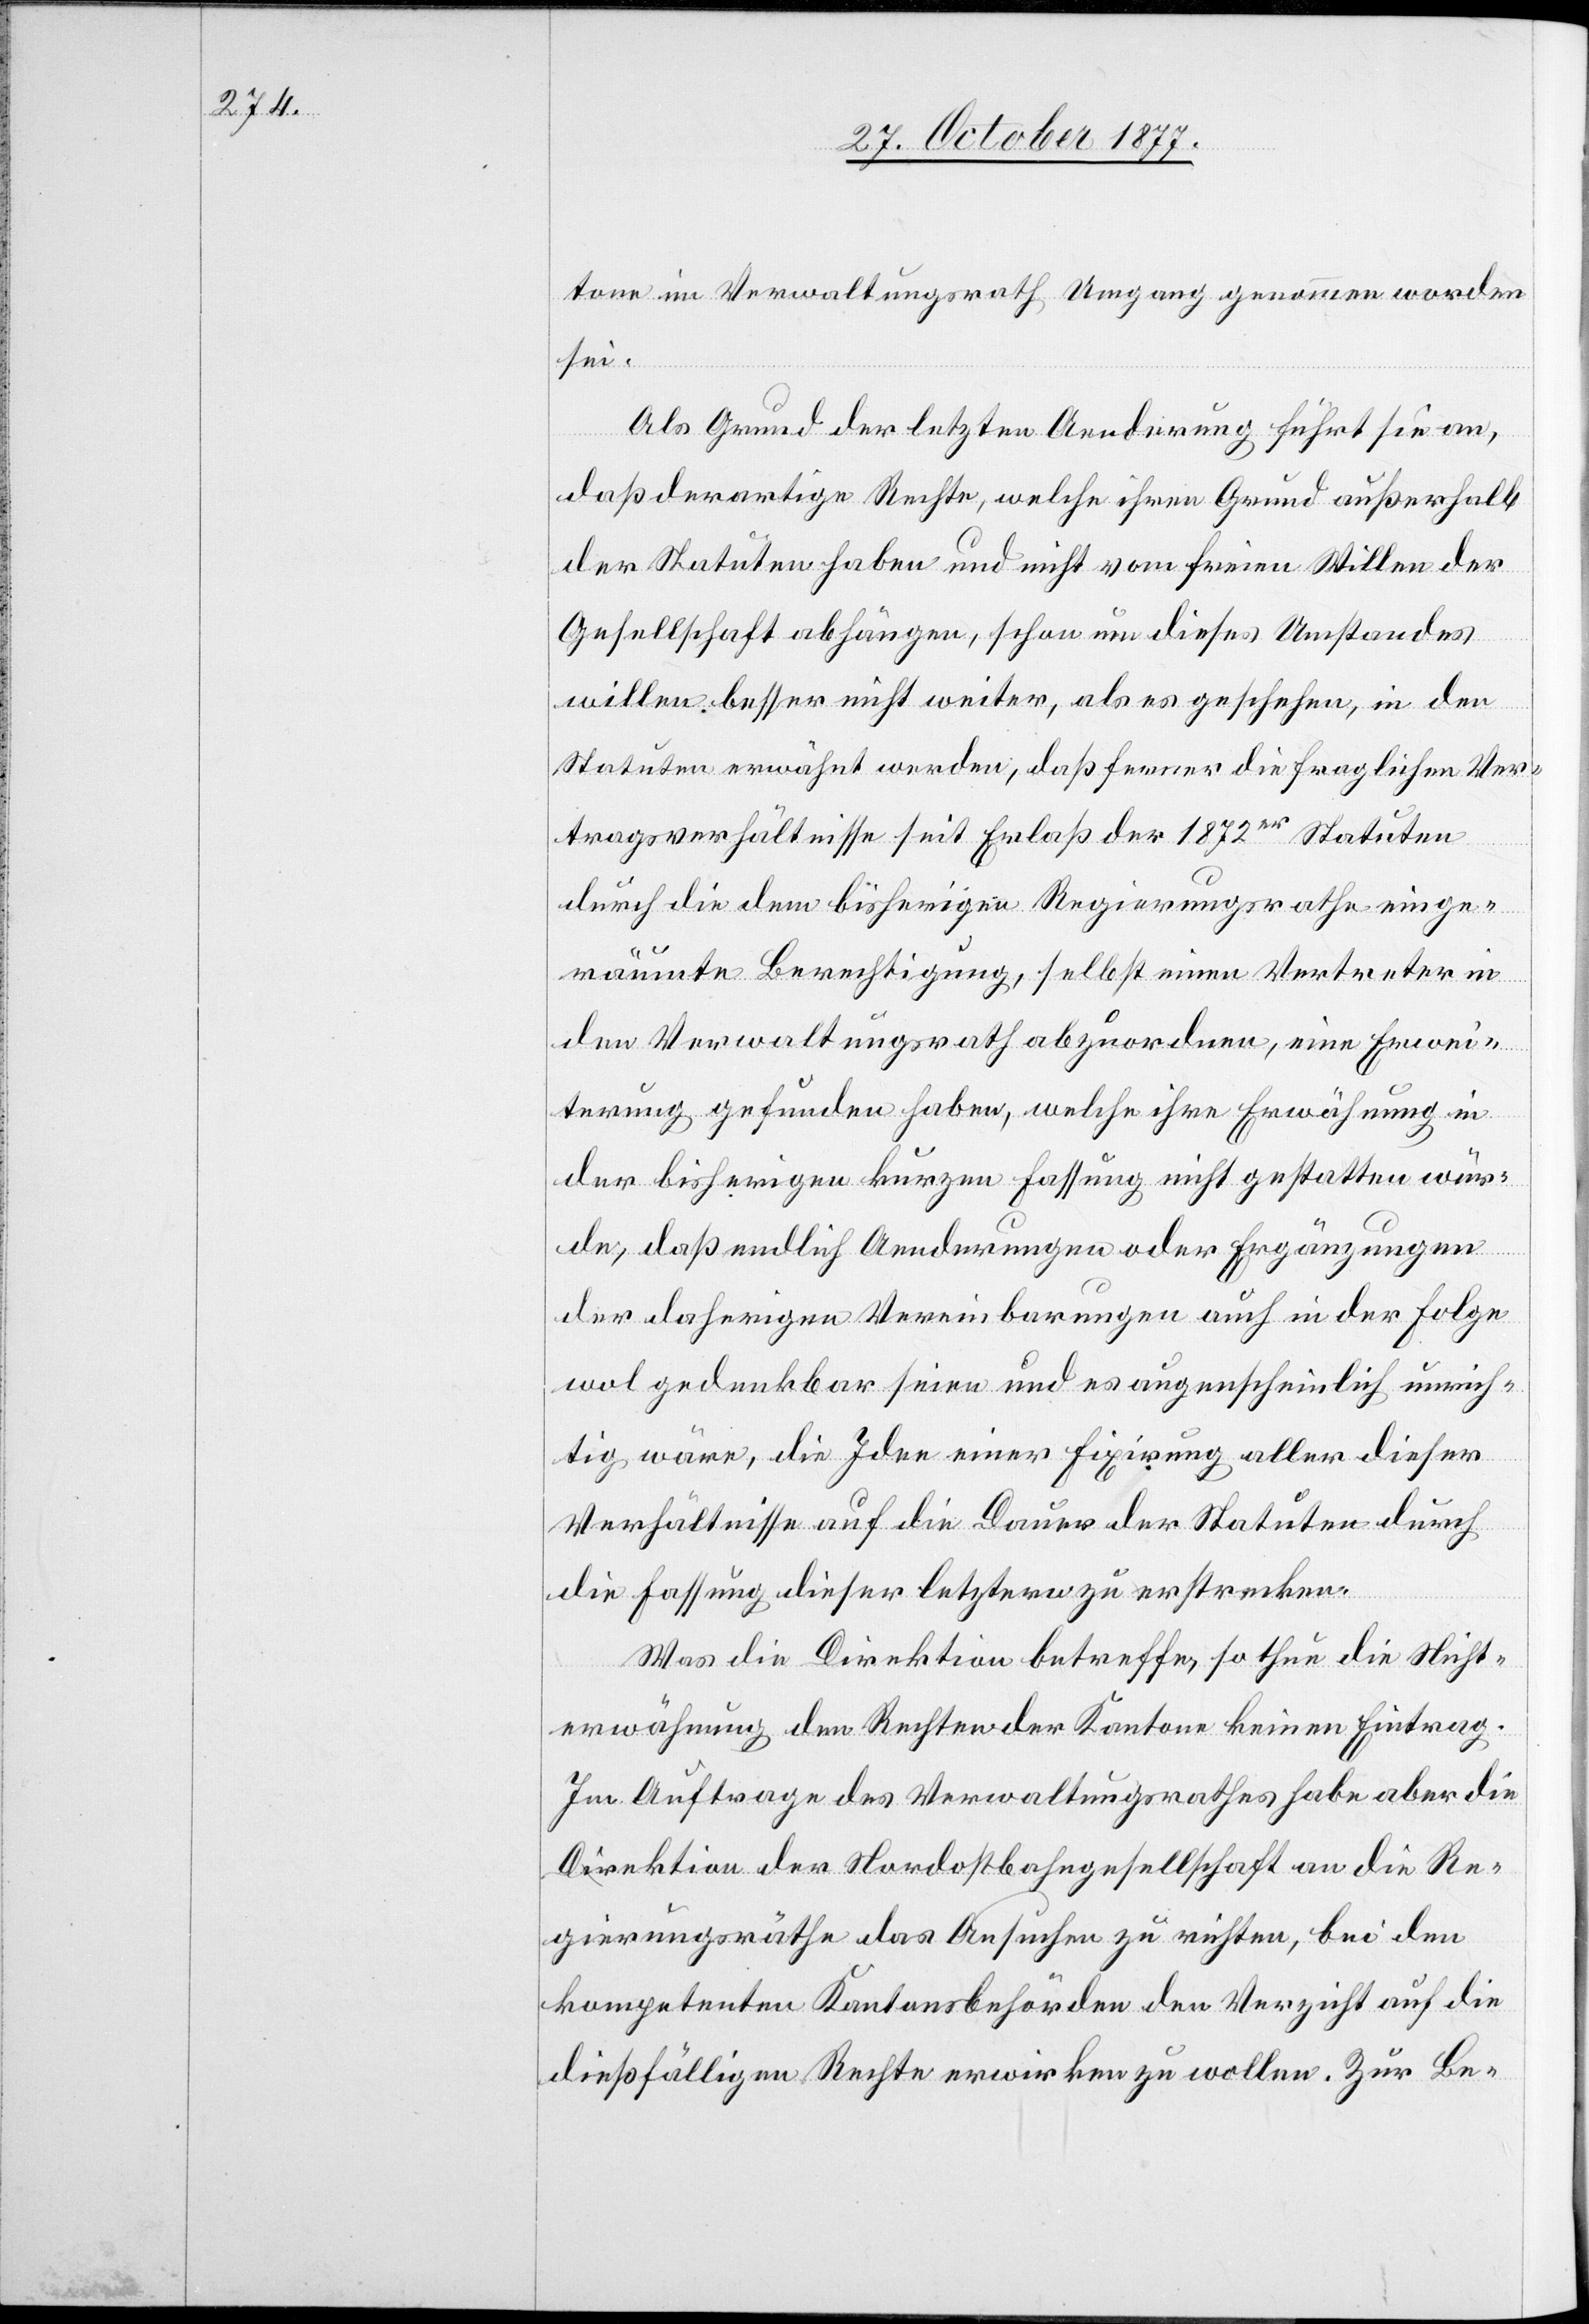
tone im Verwaltungsrath Umgang genommen worden
sei.
Als Grund der letzten Aenderung führt sie an,
daß derartige Rechte, welche ihren Grund außerhalb
der Statuten haben und nicht vom freien Willen der
Gesellschaft abhängen, schon um dieses Umstandes
willen besser nicht weiter, als es geschehen, in den
Statuten erwähnt werden, daß ferner die fraglichen Ver¬
tragsverhältnisse seit Erlaß der 1872er Statuten
durch die dem bisherigen Regierungsrathe einge¬
räumte Berechtigung, selbst einen Vertreter in
den Verwaltungsrath abzuordnen, eine Erwei¬
terung gefunden haben, welche ihre Erwähnung in
der bisherigen kurzen Fassung nicht gestatten wür¬
de, daß endlich Aenderungen oder Ergänzungen
der daherigen Vereinbarungen auch in der Folge
wol gedenkbar seien und es augenscheinlich unrich¬
tig wäre, die Idee einer Fixirung aller dieser
Verhältnisse auf die Dauer der Statuten durch
die Fassung dieser letztern zu erstrecken.
Was die Direktion betreffe, so thue die Nicht¬
erwähnung den Rechten der Kantone keinen Eintrag.
Im Auftrage des Verwaltungsrathes habe aber die
Direktion der Nordostbahngesellschaft an die Re¬
gierungsräthe das Ansuchen zu richten, bei den
kompetenten Kantonsbehörden den Verzicht auf die
dießfälligen Rechte erwirken zu wollen. Zur Be-